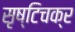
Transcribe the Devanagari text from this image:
सृष्टिचक्र